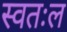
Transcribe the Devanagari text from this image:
स्वतःल